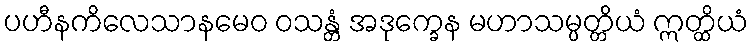
ပဟီနကိလေသာနမေဝ ဝသန္တံ အဒုက္ခေန မဟာသမ္ပတ္တိယံ ဣတ္ထိယံ